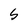
Character: 5